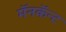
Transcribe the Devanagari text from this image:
मॅनकॅन्ट